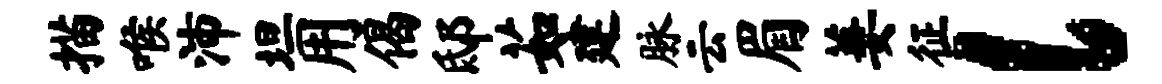
描喉沛坦用偈邸茹建脉云眉萋征l